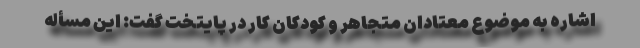
اشاره به موضوع معتادان متجاهر و کودکان کار در پایتخت گفت: این مسأله